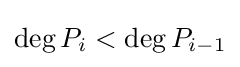
\deg P_{i}<\deg P_{i-1}